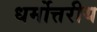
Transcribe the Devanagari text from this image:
धर्मोत्तरीय